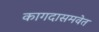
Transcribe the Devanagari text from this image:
कागदासमवेत